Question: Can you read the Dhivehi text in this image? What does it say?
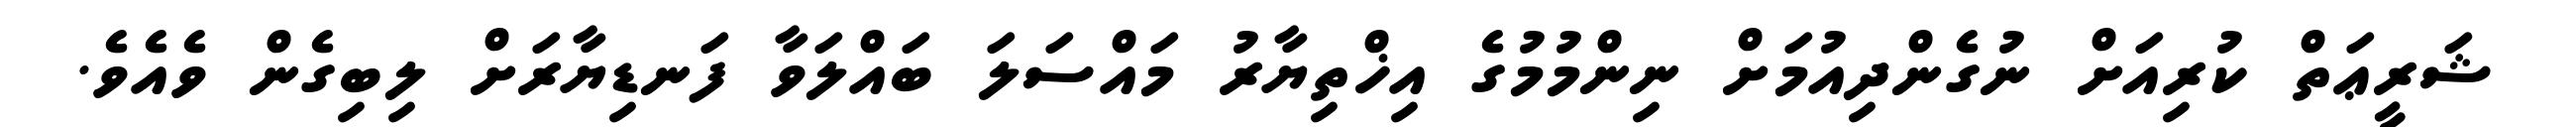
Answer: ޝަރީޢަތް ކުރިއަށް ނުގެންދިއުމަށް ނިންމުމުގެ އިޚްތިޔާރު މައްސަލަ ބައްލަވާ ފަނޑިޔާރަށް ލިބިގެން ވެއެވެ.